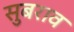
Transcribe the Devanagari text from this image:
सुबराव